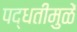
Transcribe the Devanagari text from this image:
पद्धतीमुळें